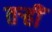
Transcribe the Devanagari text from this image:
तऱ्हीं